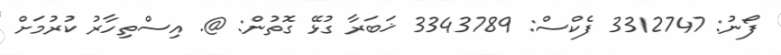
ފޯނު: 3312747 ފެކްސް: 3343789 ޚަބަރާ ގުޅޭ ގޮތުން: @. އިސްތިހާރު ކުރުމަށް